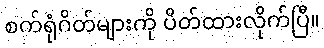
စက်ရုံဂိတ်များကို ပိတ်ထားလိုက်ပြီ။